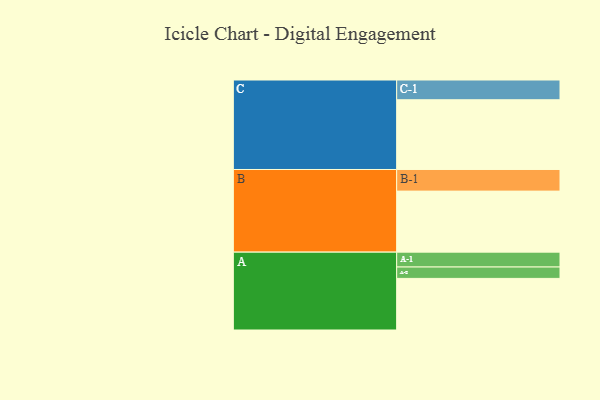
{"axis": {"x": "Segment", "y": "Value"}, "legend": ["", "A", "B", "C"], "data": [{"x": "A", "y": 444, "type": ""}, {"x": "B", "y": 525, "type": ""}, {"x": "C", "y": 600, "type": ""}, {"x": "A-1", "y": 128, "type": "A"}, {"x": "A-2", "y": 98, "type": "A"}, {"x": "B-1", "y": 186, "type": "B"}, {"x": "C-1", "y": 170, "type": "C"}]}